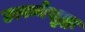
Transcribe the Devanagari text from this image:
उत्पन्नेसुद्धा